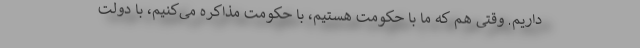
داریم. وقتی هم که ما با حکومت هستیم، با حکومت مذاکره می‌کنیم، با دولت